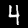
Label: 4